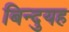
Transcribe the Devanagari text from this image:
बिन्दुयह